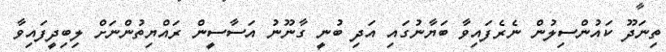
ތިނަދޫ ކައުންސިލުން ނެރެފައިވާ ބަޔާނުގައި އަދި ބުނީ ގާނޫނު އަސާސީން ރައްޔިތުންނަށް ލިބިދީފައިވާ